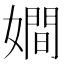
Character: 𡢃